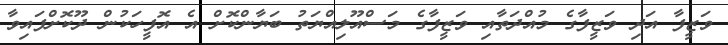
ވަޒީފާ އަދި ވަޒީފާގެ މުއްދަތާއި ވަޒީފާގެ މަސްއޫލިއްޔަތު ބަޔާންކޮށް އެ އޮފީހަކުން ދޫކޮށްފައިވާ